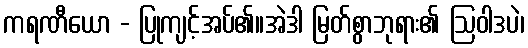
ကရဏီယော - ပြုကျင့်အပ်၏။အဲဒါ မြတ်စွာဘုရား၏ ဩဝါဒပဲ၊